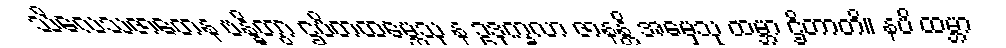
သိလေသဇာတေန ဗန္ဓိတွာ ဌပိတထမ္ဘေသု န ဥဒုက္ခလာ ဇာနန္တိ အမှေသု ထမ္ဘာ ဌိတာတိ။ နပိ ထမ္ဘာ